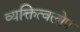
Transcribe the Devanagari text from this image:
व्यक्तित्वलोप